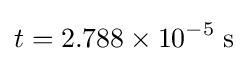
t=2.788\times 10^{-5}\;\mathrm {s}